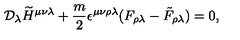
{ \cal D } _ { \lambda } \widetilde H ^ { \mu \nu \lambda } + { \frac { m } { 2 } } \epsilon ^ { \mu \nu \rho \lambda } ( F _ { \rho \lambda } - \tilde { F } _ { \rho \lambda } ) = 0 ,